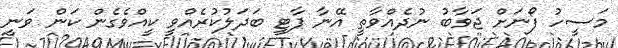
މަސީހު ފޯނަށް ޖަވާބު ނުދެއްވާތީ އޭނާ ޕާޓީ ބަދަލުކުރެއްވީ ކީއްވެގެން ކަން ވަނީ